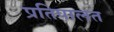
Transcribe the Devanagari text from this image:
प्रतिपालत